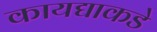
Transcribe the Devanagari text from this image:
कायद्याकडे